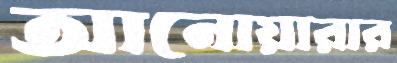
আনোয়ারার